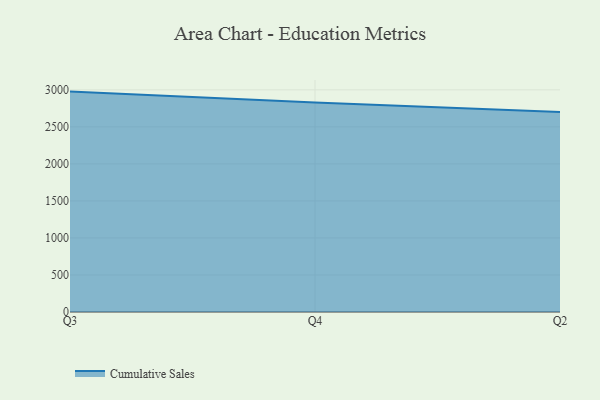
{"axis": {"x": "Quarter", "y": "Satisfaction Score"}, "legend": ["Cumulative Sales"], "data": [{"x": "Q3", "y": 2976.2, "type": "Cumulative Sales"}, {"x": "Q4", "y": 2828.1, "type": "Cumulative Sales"}, {"x": "Q2", "y": 2701.7, "type": "Cumulative Sales"}]}